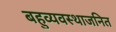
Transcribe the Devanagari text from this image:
बहुव्यवस्थाजनित